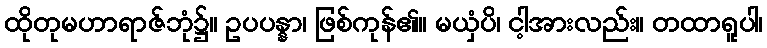
ထိုတုမဟာရာဇ်ဘုံ၌။ ဥပပန္နာ၊ ဖြစ်ကုန်၏။ မယှံပိ၊ ငါ့အားလည်း။ တထာရူပါ၊